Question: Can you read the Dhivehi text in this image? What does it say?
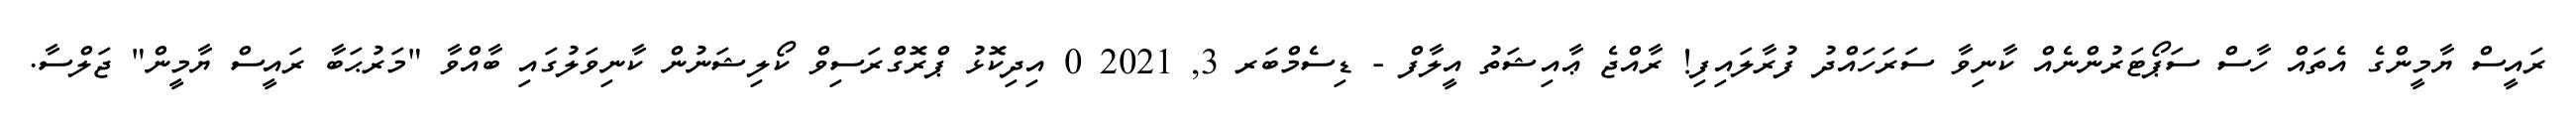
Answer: ރައީސް ޔާމީންގެ އެތައް ހާސް ސަޕޯޓަރުންނެއް ކާނިވާ ސަރަހައްދު ފުރާލައިފި! ރާއްޖެ ޢާއިޝަތު އީލާފް - ޑިސެމްބަރ 3, 2021 0 އިދިކޮޅު ޕްރޮގްރަސިވް ކޯލިޝަނުން ކާނިވަލުގައި ބާއްވާ "މަރުޙަބާ ރައީސް ޔާމީން" ޖަލްސާ.